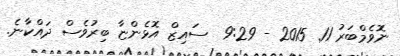
ނޮވެމްބަރު 11